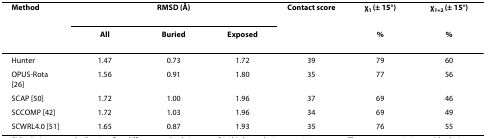
<table><thead><tr><td><b>Method</b></td><td colspan="3"><b>RMSD (Å)</b></td><td><b>Contact score</b></td><td><b>χ<sub>1 </sub>(± 15°)</b></td><td><b>χ<sub>1+2 </sub>(± 15°)</b></td></tr><tr><td></td><td><b>All</b></td><td><b>Buried</b></td><td><b>Exposed</b></td><td></td><td><b>%</b></td><td><b>%</b></td></tr></thead><tbody><tr><td>Hunter</td><td>1.47</td><td>0.73</td><td>1.72</td><td>39</td><td>79</td><td>60</td></tr><tr><td>OPUS-Rota [26]</td><td>1.56</td><td>0.91</td><td>1.80</td><td>35</td><td>77</td><td>56</td></tr><tr><td>SCAP [50]</td><td>1.72</td><td>1.00</td><td>1.96</td><td>37</td><td>69</td><td>46</td></tr><tr><td>SCCOMP [42]</td><td>1.72</td><td>1.03</td><td>1.96</td><td>34</td><td>69</td><td>49</td></tr><tr><td>SCWRL4.0 [51]</td><td>1.65</td><td>0.87</td><td>1.93</td><td>35</td><td>76</td><td>55</td></tr></tbody></table>